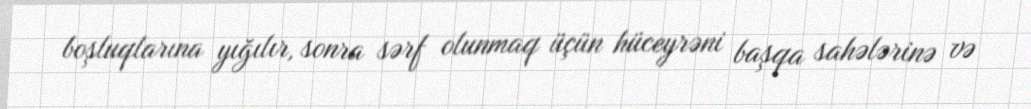
boşluqlarına yığılır, sonra sərf olunmaq üçün hüceyrəni başqa sahələrinə və